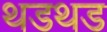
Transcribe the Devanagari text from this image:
थडथड